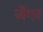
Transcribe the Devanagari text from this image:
जेंगर